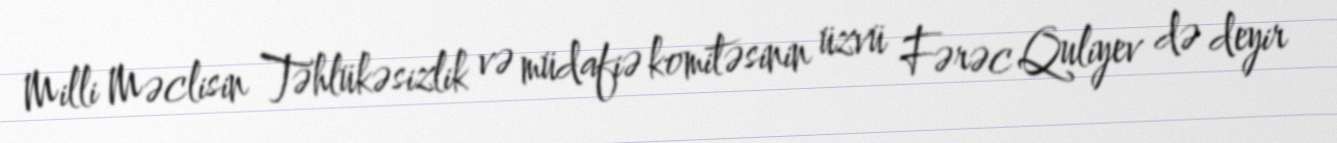
Milli Məclisin Təhlükəsizlik və müdafiə komitəsinin üzvü Fərəc Quliyev də deyir